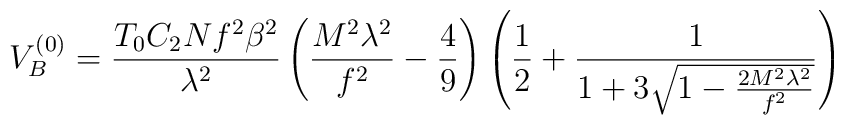
V^{(0)}_{B}=\frac{T_{0}C_{2}Nf^{2}\beta^{2}}{\lambda^{2}}\left(\frac{M^{2}\lambda^{2}}{f^{2}}-\frac{4}{9}\right)\left(\frac{1}{2}+\frac{1}{1+3\sqrt{1-\frac{2M^{2}\lambda^{2}}{f^{2}}}}\right)